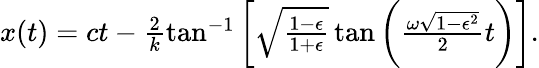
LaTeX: \begin{array}{r}{x(t)=ct-\frac{2}{k}\tan^{-1}\bigg[\sqrt\frac{1-\epsilon}{1+\epsilon}\tan\bigg(\frac{\omega\sqrt{1-\epsilon^{2}}}{2}t\bigg)\bigg].}\end{array}